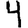
Digit: 4